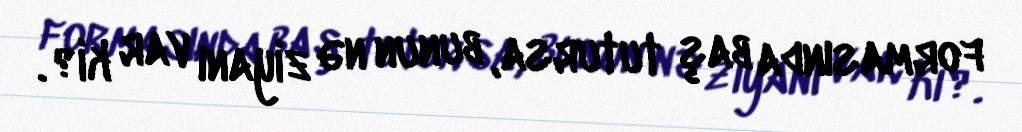
formasında baş tutursa, bunun nə ziyanı var ki?.